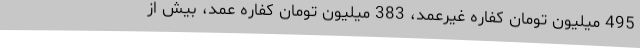
495 میلیون تومان کفاره غیرعمد، 383 میلیون تومان کفاره عمد، بیش از